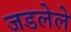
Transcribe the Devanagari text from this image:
जडलेले